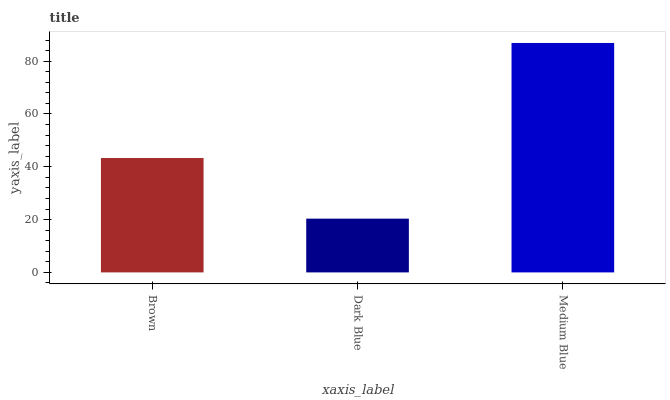
| xaxis_label | bars |
 | --- | --- |
 | Brown | 43.3 |
 | Dark Blue | 20.4 |
 | Medium Blue | 86.9 |